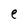
Character: e